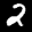
Label: 2